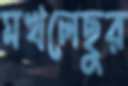
মখলেছুর